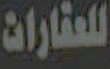
للعقارات